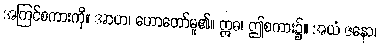
အကြင်စကားကို။ အာဟ၊ ဟောတော်မူ၏။ ဣဓ၊ ဤစကား၌။ အယံ ဇနော၊